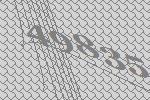
49835